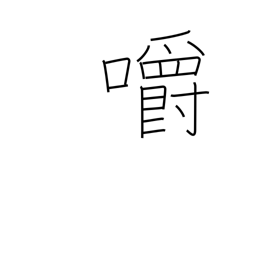
Meaning: bite